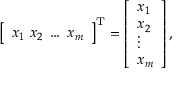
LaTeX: { \left[ \begin{array} { l } { x _ { 1 } \; x _ { 2 } \; \dots \; x _ { m } } \end{array} \right] } ^ { \mathrm { { T } } } = { \left[ \begin{array} { l } { x _ { 1 } } \\ { x _ { 2 } } \\ { \vdots } \\ { x _ { m } } \end{array} \right] } \, ,